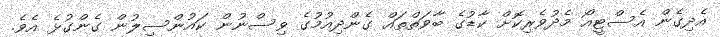
އެދިގެން އެސްޓީއޯ މެދުވެރިކޮށް ކާޑުގެ ބާވަތްތައް ގެންދިއުމުގެ ވިސްނުން ކައުންސިލުން ގެންގުޅެ އެވެ.